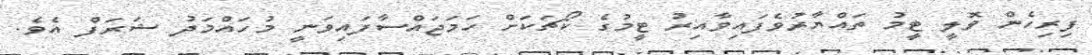
ފިރިހެން ވޮލީ ޓީމު ތައްޔާރުވެފައިވާއިރު ޓީމުގެ ކޯޗަކަށް ހަމަޖައްސާފައިވަނީ މުހައްމަދު ޝަރަފް އެވެ.